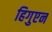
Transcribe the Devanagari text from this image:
हिगुएन